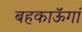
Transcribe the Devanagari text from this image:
बहकाऊॅगां